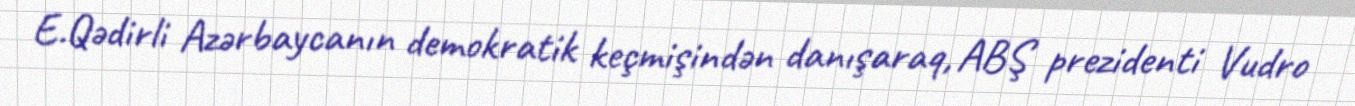
E.Qədirli Azərbaycanın demokratik keçmişindən danışaraq, ABŞ prezidenti Vudro